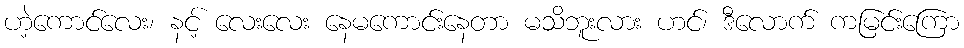
ဟဲ့ကောင်လေး၊ နင့် လေးလေး နေမကောင်းနေတာ မသိဘူးလား ဟင်၊ ဒီလောက် ကမြင်းကြော